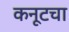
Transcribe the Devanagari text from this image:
कनूटचा